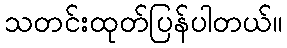
သတင်းထုတ်ပြန်ပါတယ်။